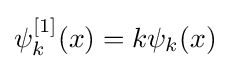
\psi _{k}^{[1]}(x)=k\psi _{k}(x)